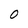
Character: O